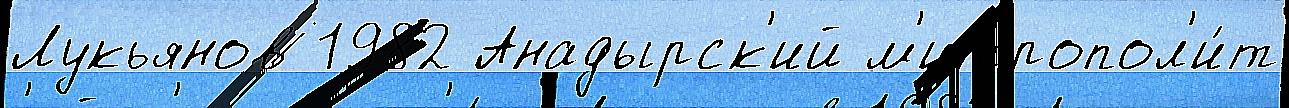
Лукьянов 1982 Анадырск'ий м'итропол'и́т